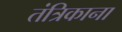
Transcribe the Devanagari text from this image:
तंत्रिकाना